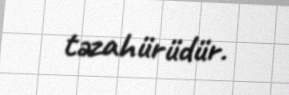
təzahürüdür.